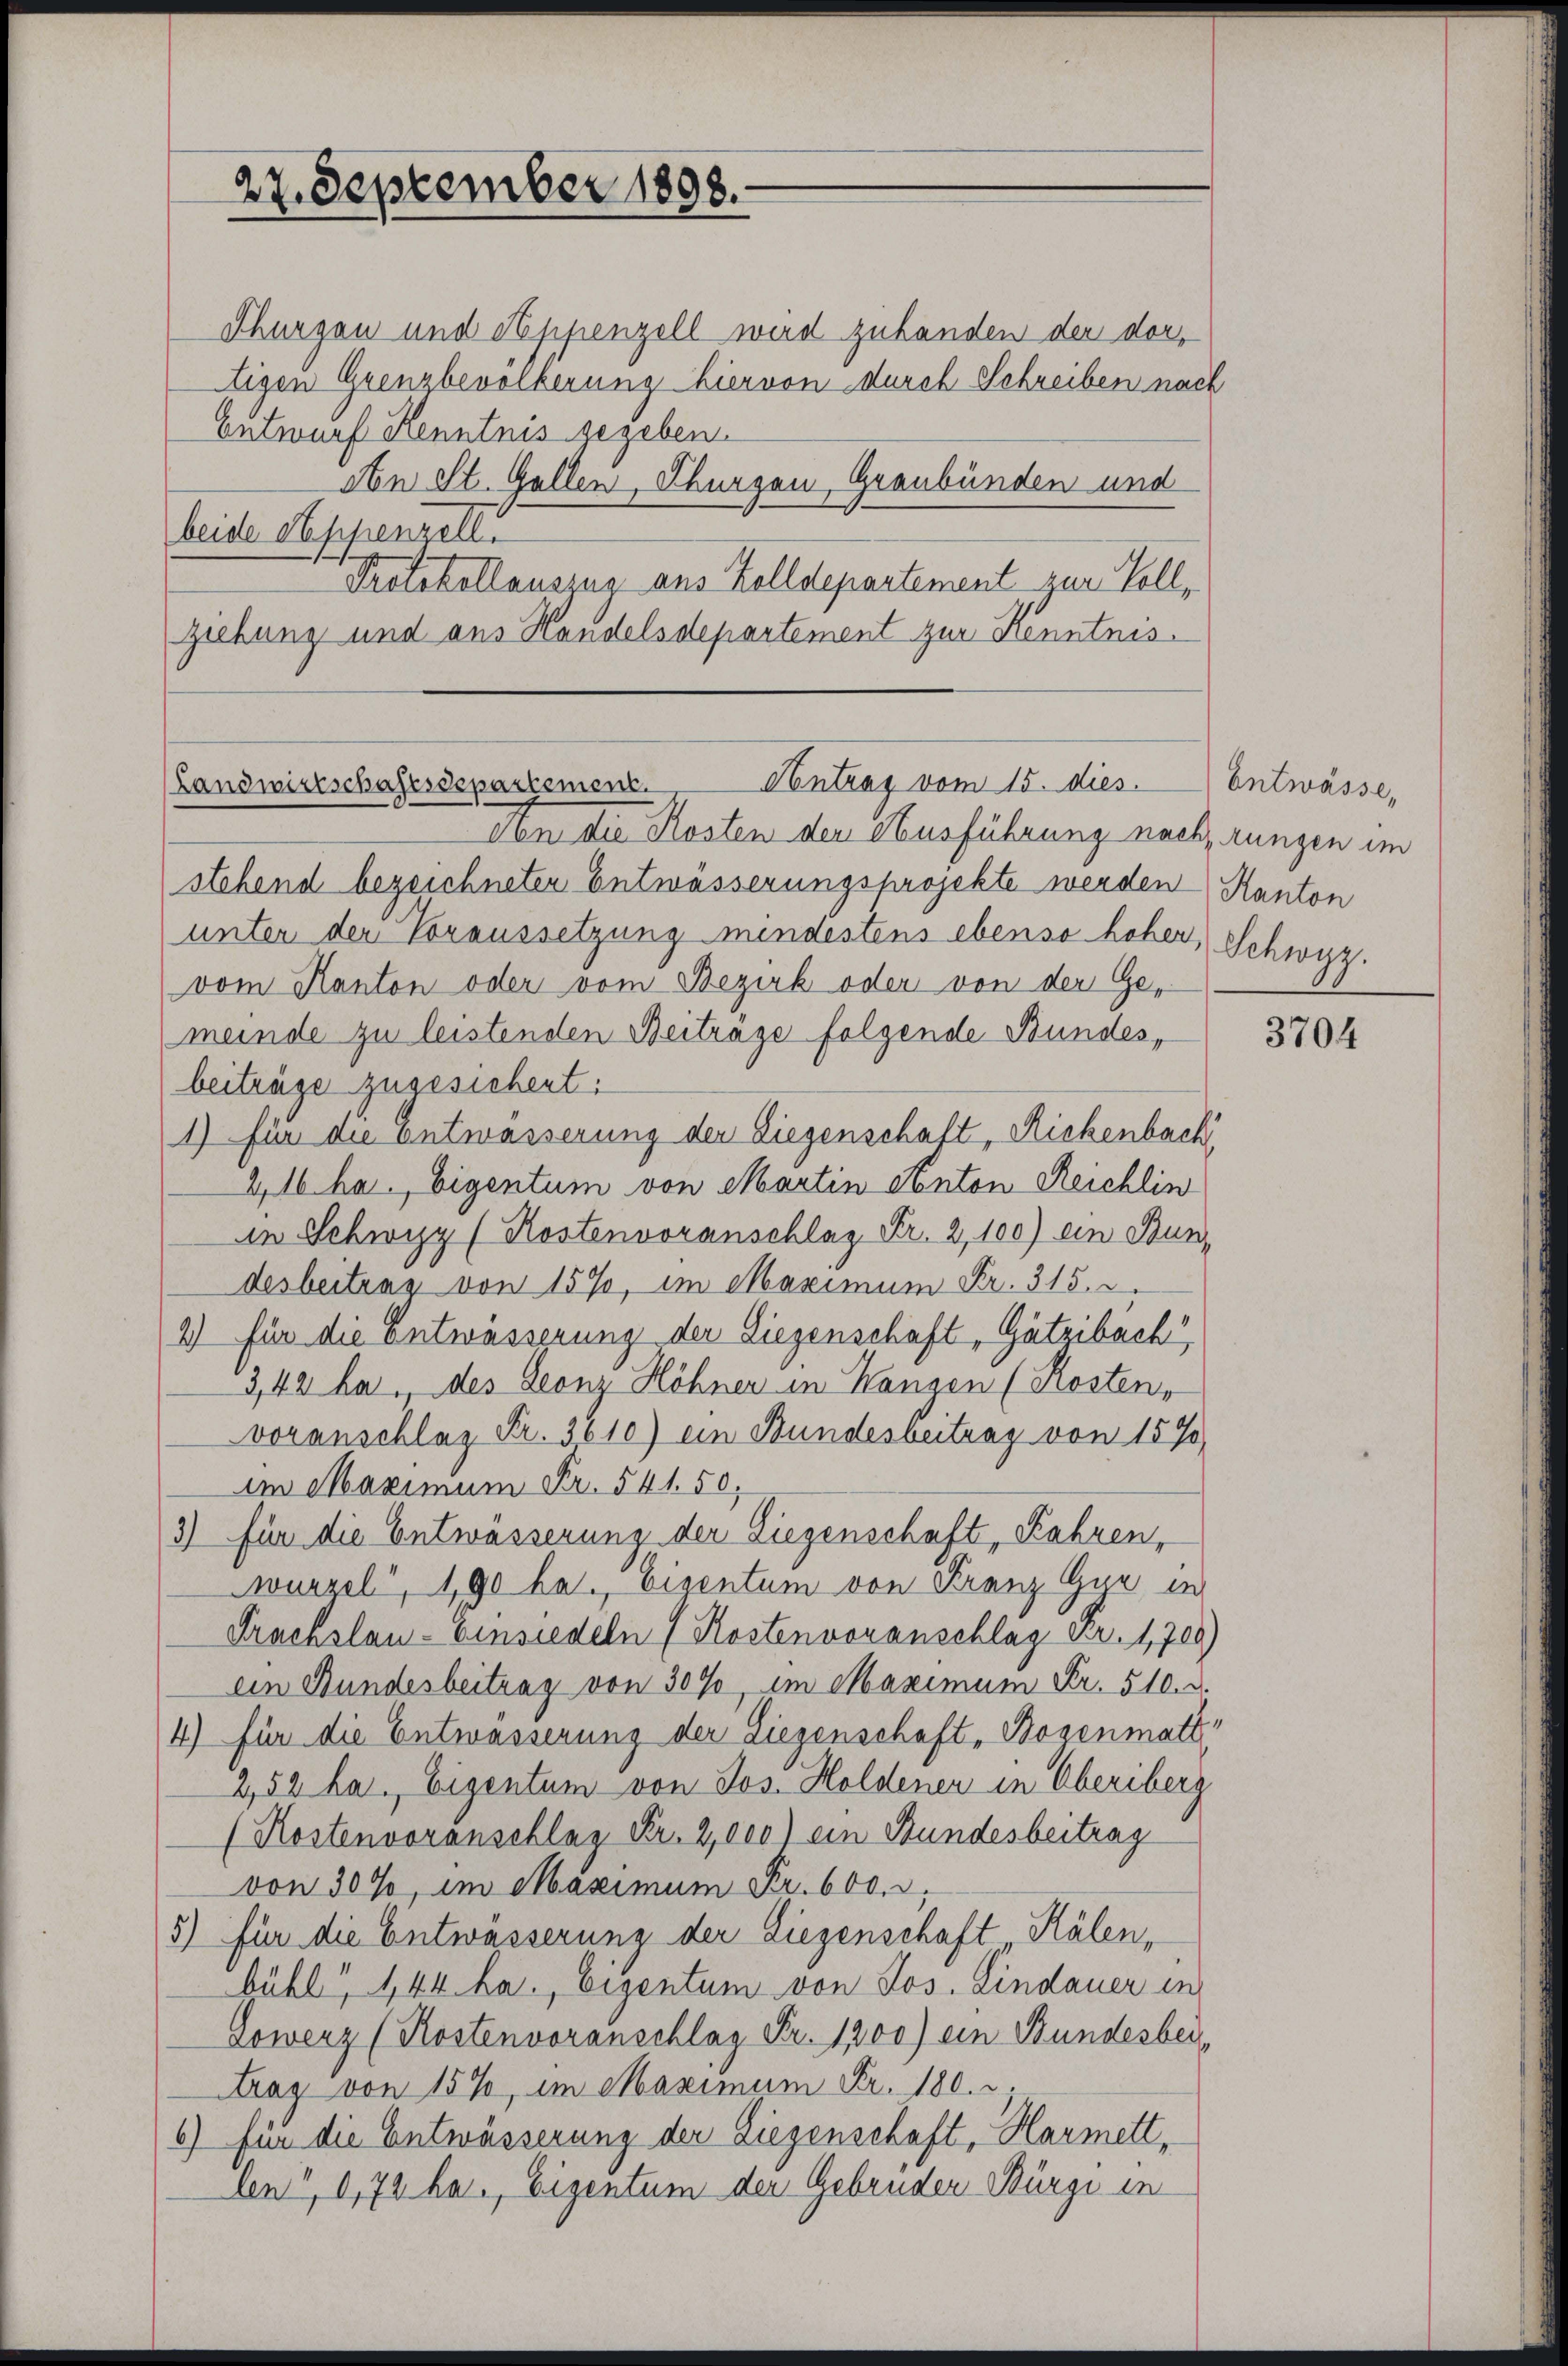
27. September 1898.

Thurgau und Appenzell wird zuhanden der dortigen Grenzbevölkerung hiervon durch Schreiben nach
Entwurf Kenntnis gegeben.
An St. Gallen, Thurgau, Graubünden und
beide Appenzell.
Protokollauszug aus Zolldepartement zur Vollziehung und aus Handelsdepartement zur Kenntnis.

Antrag vom 15. dies. Entwässe,
Landwirtschaftsdepartement.
Von die Kosten den Ausführung nach, Lungen im

stehend bezeichneten Entwässerungsprojekte werden Kanton
unter der Voraussetzung mindestens ebenso hoher,
vom Kanton oder vom Bezirk oder von der Ge-
meinde zu leistenden Beitrage folgende Bundes,
beiträge zugesichert.
1) für die Entwässerung der Liegenschaft, Rickenbach
2,16 ha. Eigentum von Martin Anton Reichlin
in Schwyz (Kostenvoranschlag Fr. 2,100) ein Bun-
desbeitrag von 15%, im Maximum Fr. 315.
2) für die Entwässerung der Liegenschaft, Gätzibach
3,43 ha., des Leonz Höhner in Kanzen (Kosten,
voranschlag Fr. 3610) ein Bundesbeitrag von 157
im Maximum Fr. 541. 50,
3) für die Entwässerung der Liegenschaft, Fahren,
wurzel, 190 ha. Eisentum von Franz Gue in
Araenslau - Einsiedeln (Kostenvoranschlag Fr. 1708)
ein Bundesbeitrag von 30%, im Maximum Fr. 510. d.
4) für die Entwässerung der Liegenschaft „Bogenmatt
2,52 ha. Eigentum von Jos. Holdener in Oberiberg
(Kostenvoranschlag Fr. 2,000) ein Bundesbeitrag
von 30%, im Maximum Fr. 600. d.
5) für die Entwässerung der Liegenschaft Kälen,
bühl, 144 ha. Eigentum von Jos. Lindauer in
Dowerz (Kostenvoranschlag Fr. 1300) ein Bundesbeitrag von 15%, im Maximum Fr. 180. ;
6) für die Entwässerung der Liegenschaft, Harmett,
len", 0,73 ha. Eigentum der Gebrüder Bürgi in

Schwyz.

3704